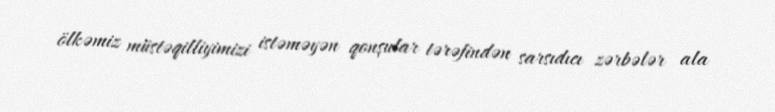
ölkəmiz müstəqilliyimizi istəməyən qonşular tərəfindən sarsıdıcı zərbələr ala